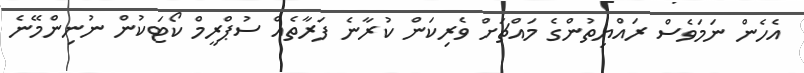
އެހެން ނަމަވެސް ރައްޔިތުންގެ މައްޗަށް ވެރިކަން ކުރާނެ ފަރާތެއް ސުޕްރީމް ކޯޓަކުން ނުނިންމޭނެ